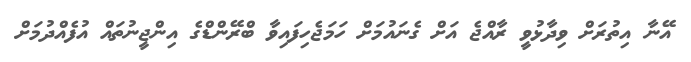
އޭނާ އިތުރަށް ވިދާޅުވީ ރާއްޖެ އަށް ގެނައުމަށް ހަމަޖެހިފައިވާ ބްރޭންޑްގެ އިންޖީނުތައް އުފެއްދުމަށް